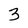
Character: 3